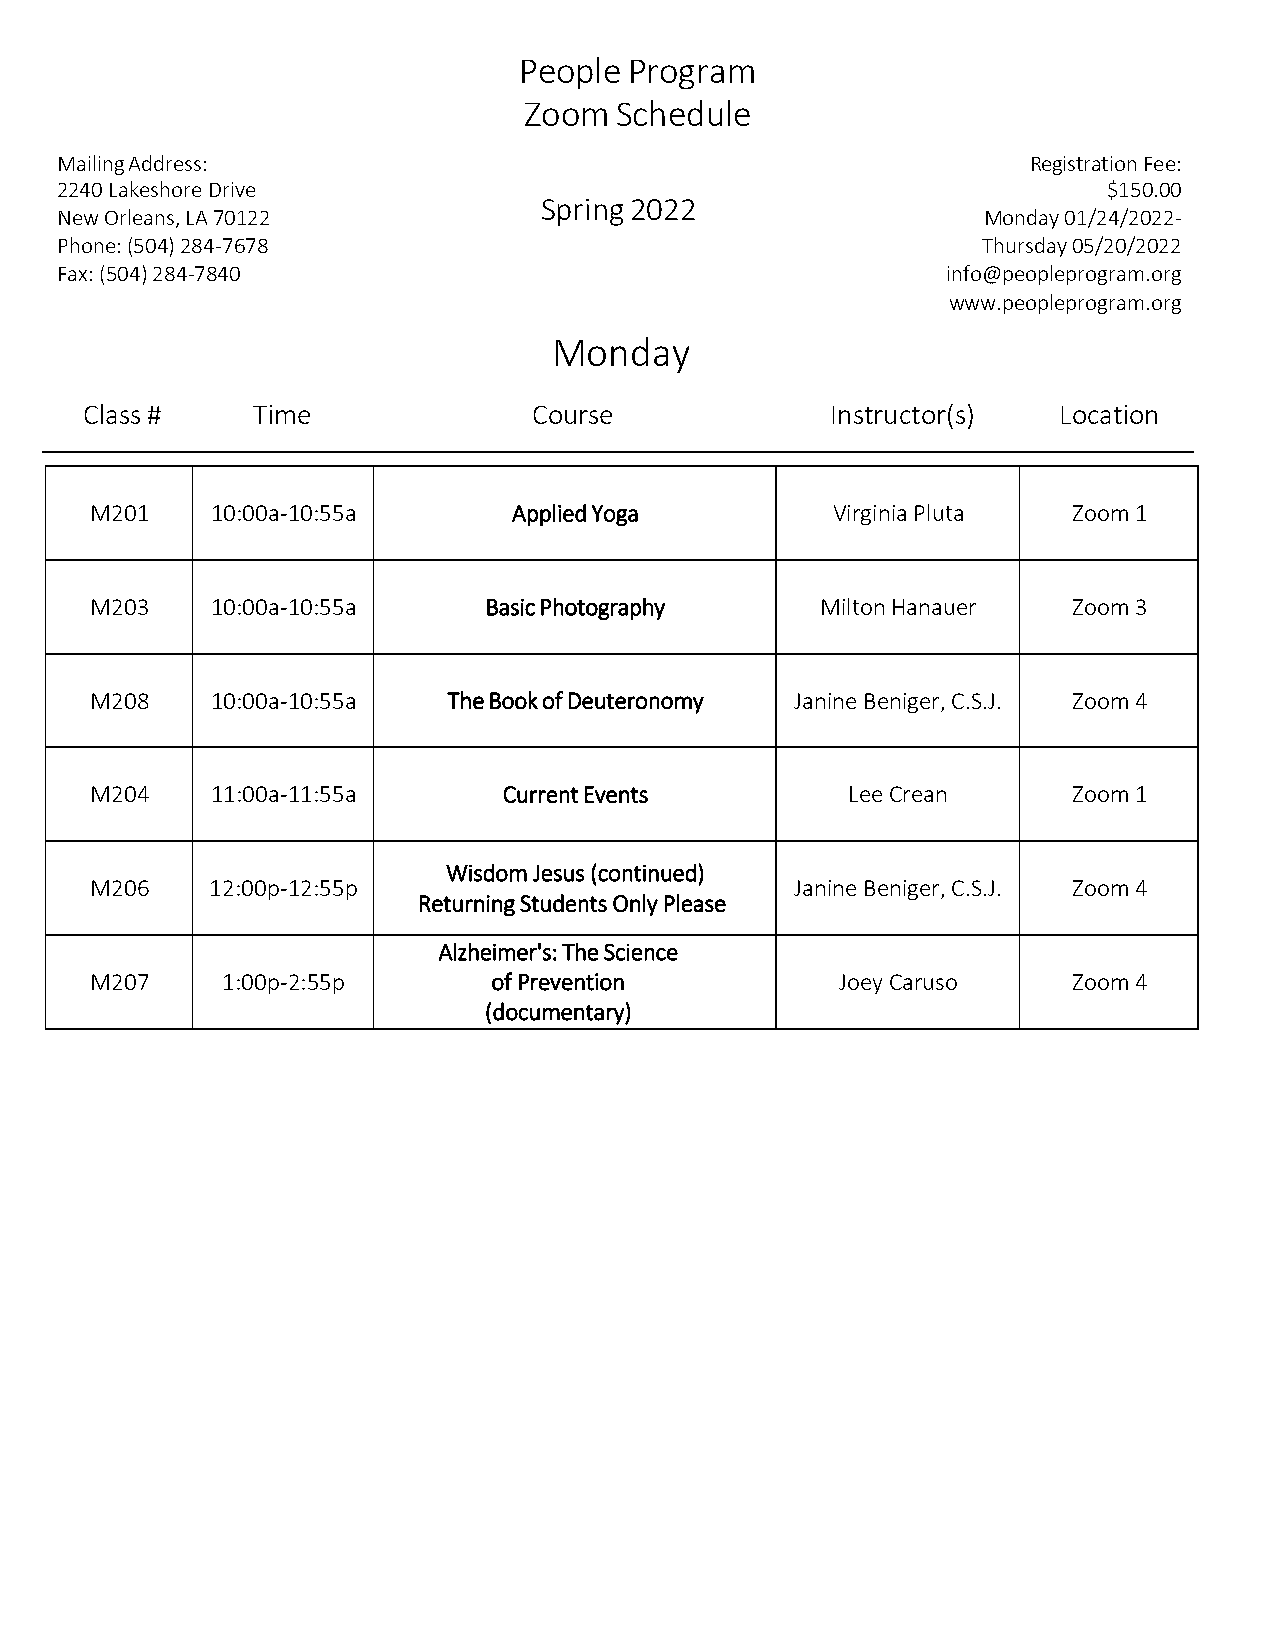
People  Program
 Zoom  Schedule
 Mailing Address:                                                Registration Fee:
 2240 Lakeshore Drive                                                 $150.00
 Spring 2022
 New Orleans, LA 70122                                        Monday 01/24/2022-
 Phone: (504) 284-7678                                        Thursday 05/20/2022
 Fax: (504) 284-7840                                        info@peopleprogram.org
 www.peopleprogram.org
 Monday
 Class #     Time              Course              Instructor(s)  Location
 M201    10:00a-10:55a       Applied Yoga         Virginia Pluta  Zoom 1
 M203    10:00a-10:55a     Basic Photography     Milton Hanauer   Zoom 3
 M208    10:00a-10:55a   The Book of Deuteronomy Janine Beniger, C.S.J. Zoom 4
 M204    11:00a-11:55a      Current Events         Lee Crean      Zoom 1
 Wisdom Jesus (continued)
 M206    12:00p-12:55p                          Janine Beniger, C.S.J. Zoom 4
 Returning Students Only Please
 Alzheimer's: The Science
 M207     1:00p-2:55p       of Prevention          Joey Caruso    Zoom 4
 (documentary)